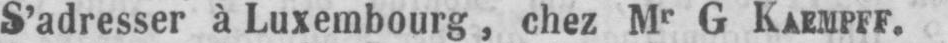
S’adresser à Luxembourg, chez Mr G KAEMPFF.